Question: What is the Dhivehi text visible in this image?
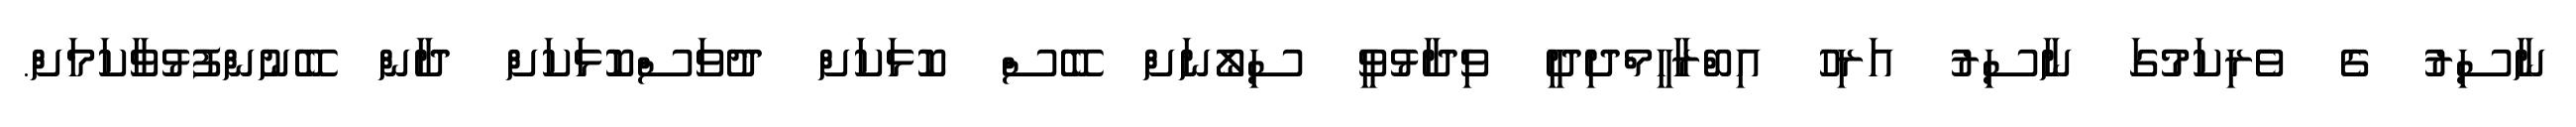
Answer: ނާސިރު ގެ ވެރިކަމުގަ ނާސިރު އަރިހު އިބްރާހީމްދިދީ ވިދާޅުވީ ސިލޯނަށް ބޭސް ކޮޅަކަށް ދުވަސްކޮޅަކަށް ދާން ބޭނުންފުޅުވާކަމަށް.